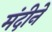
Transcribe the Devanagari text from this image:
मंदीने